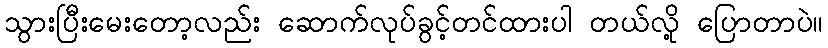
သွားပြီးမေးတော့လည်း ဆောက်လုပ်ခွင့်တင်ထားပါ တယ်လို့ ပြောတာပဲ။